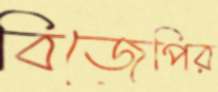
বিজেপির